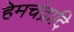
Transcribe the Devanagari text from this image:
हेमचंद्रादि